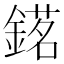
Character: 𨪓